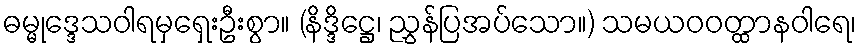
ဓမ္မုဒ္ဒေသဝါရမှရှေးဦးစွာ။ (နိဒ္ဒိဋ္ဌေ၊ ညွှန်ပြအပ်သော။) သမယဝဝတ္ထာနဝါရေ၊